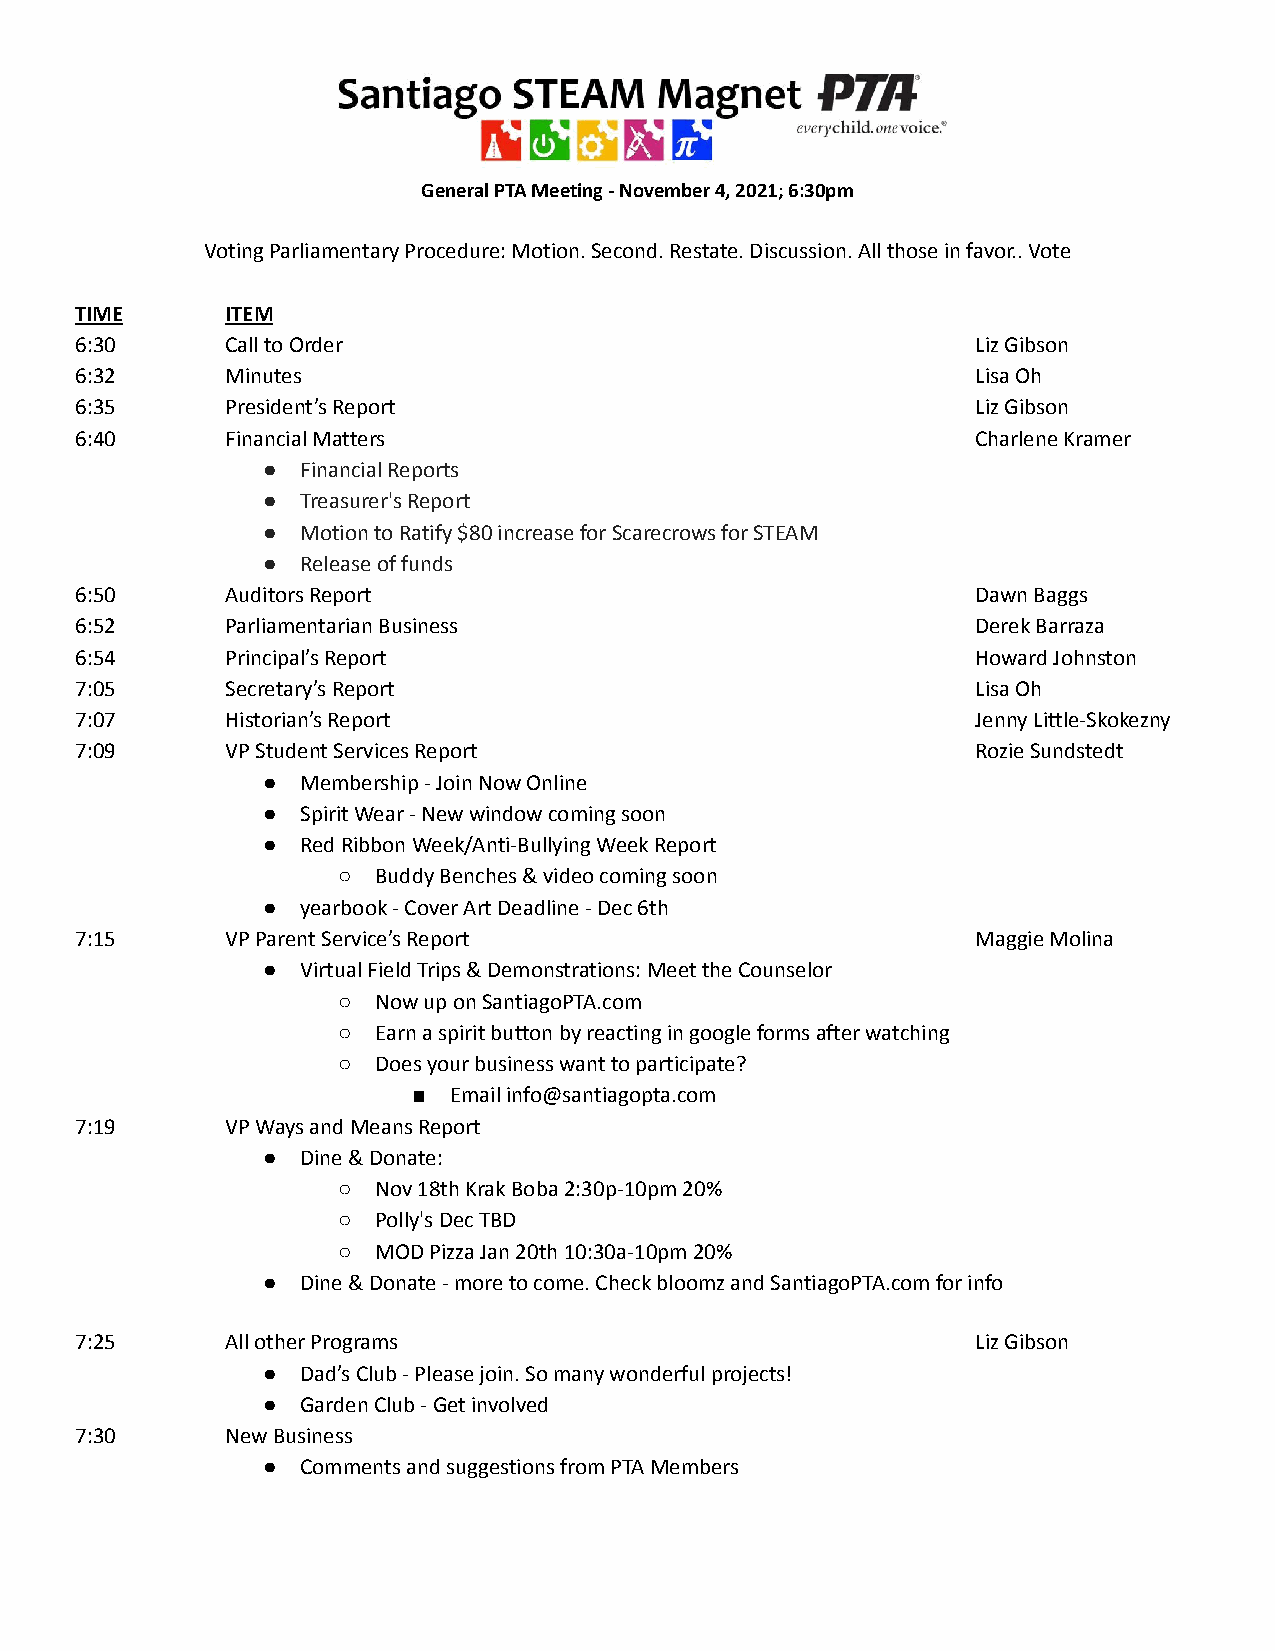
General PTA Meeting - November 4, 2021; 6:30pm
 Voting Parliamentary Procedure: Motion. Second. Restate. Discussion. All those in favor.. Vote
 TIME      ITEM
 6:30      Call to Order                                     Liz Gibson
 6:32      Minutes                                           Lisa Oh
 6:35      President’s Report                                Liz Gibson
 6:40      Financial Matters                                 Charlene Kramer
 ●  Financial Reports
 ●  Treasurer's Report
 ●  Motion to Ratify $80 increase for Scarecrows for STEAM
 ●  Release of funds
 6:50      Auditors Report                                   Dawn Baggs
 6:52      Parliamentarian Business                          Derek Barraza
 6:54      Principal’s Report                                Howard Johnston
 7:05      Secretary’s Report                                Lisa Oh
 7:07      Historian’s Report                                Jenny Little-Skokezny
 7:09      VP Student Services Report                        Rozie Sundstedt
 ●  Membership - Join Now Online
 ●  Spirit Wear - New window coming soon
 ●  Red Ribbon Week/Anti-Bullying Week Report
 ○  Buddy Benches & video coming soon
 ●  yearbook - Cover Art Deadline - Dec 6th
 7:15      VP Parent Service’s Report                        Maggie Molina
 ●  Virtual Field Trips & Demonstrations: Meet the Counselor
 ○  Now up on SantiagoPTA.com
 ○  Earn a spirit button by reacting in google forms after watching
 ○  Does your business want to participate?
 ■  Email info@santiagopta.com
 7:19      VP Ways and Means Report
 ●  Dine & Donate:
 ○  Nov 18th Krak Boba 2:30p-10pm 20%
 ○  Polly's Dec TBD
 ○  MOD Pizza Jan 20th 10:30a-10pm 20%
 ●  Dine & Donate - more to come. Check bloomz and SantiagoPTA.com for info
 7:25      All other Programs                                Liz Gibson
 ●  Dad’s Club - Please join. So many wonderful projects!
 ●  Garden Club - Get involved
 7:30      New Business
 ●  Comments and suggestions from PTA Members